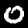
Digit: 0